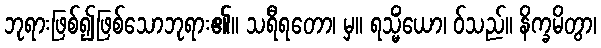
ဘုရားဖြစ်၍ဖြစ်သောဘုရား၏။ သရီရတော၊ မှ။ ရသ္မိံယော၊ ဝ်သည်။ နိက္ခမိတွာ၊